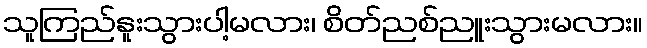
သူကြည်နူးသွားပါ့မလား၊ စိတ်ညစ်ညူးသွားမလား။